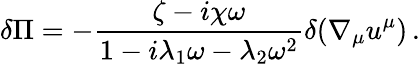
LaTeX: \delta\Pi=-\frac{\zeta-i\chi\omega}{1-i\lambda_{1}\omega-\lambda_{2}\omega^{2}}\delta(\nabla_{\mu}u^{\mu})\, .